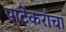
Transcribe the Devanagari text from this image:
पाटेकरांचा